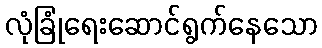
လုံခြုံရေးဆောင်ရွက်နေသော